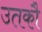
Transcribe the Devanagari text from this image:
उतकौ